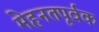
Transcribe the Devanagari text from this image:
मेहनतपूर्वक